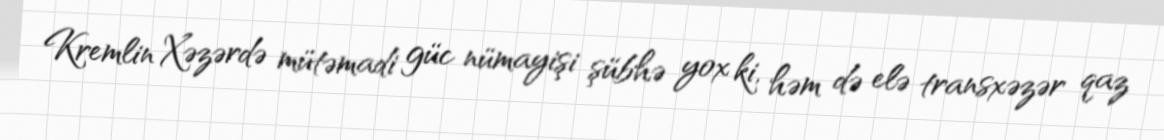
Kremlin Xəzərdə mütəmadi güc nümayişi şübhə yox ki, həm də elə transxəzər qaz